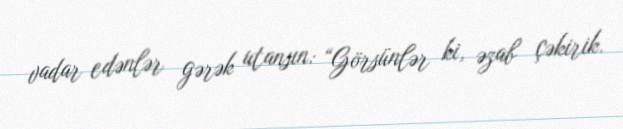
vadar edənlər gərək utansın: “Görsünlər ki, əzab çəkirik.